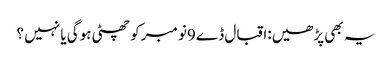
یہ بھی پڑھیں:اقبال ڈے 9نومبر کو چھٹی ہوگی یا نہیں ؟